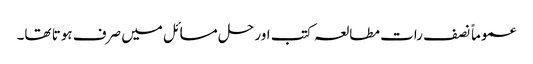
عموماً نصف رات مطالعہ کتب اور حل مسائل میں صرف ہوتا تھا۔